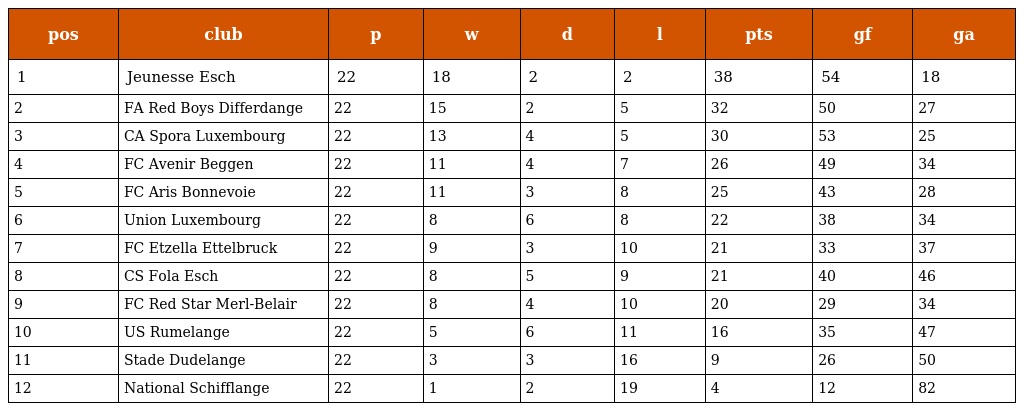
| pos | club | p | w | d | l | pts | gf | ga |
 | --- | --- | --- | --- | --- | --- | --- | --- | --- |
 | 1 | Jeunesse Esch | 22 | 18 | 2 | 2 | 38 | 54 | 18 |
 | 2 | FA Red Boys Differdange | 22 | 15 | 2 | 5 | 32 | 50 | 27 |
 | 3 | CA Spora Luxembourg | 22 | 13 | 4 | 5 | 30 | 53 | 25 |
 | 4 | FC Avenir Beggen | 22 | 11 | 4 | 7 | 26 | 49 | 34 |
 | 5 | FC Aris Bonnevoie | 22 | 11 | 3 | 8 | 25 | 43 | 28 |
 | 6 | Union Luxembourg | 22 | 8 | 6 | 8 | 22 | 38 | 34 |
 | 7 | FC Etzella Ettelbruck | 22 | 9 | 3 | 10 | 21 | 33 | 37 |
 | 8 | CS Fola Esch | 22 | 8 | 5 | 9 | 21 | 40 | 46 |
 | 9 | FC Red Star Merl-Belair | 22 | 8 | 4 | 10 | 20 | 29 | 34 |
 | 10 | US Rumelange | 22 | 5 | 6 | 11 | 16 | 35 | 47 |
 | 11 | Stade Dudelange | 22 | 3 | 3 | 16 | 9 | 26 | 50 |
 | 12 | National Schifflange | 22 | 1 | 2 | 19 | 4 | 12 | 82 |